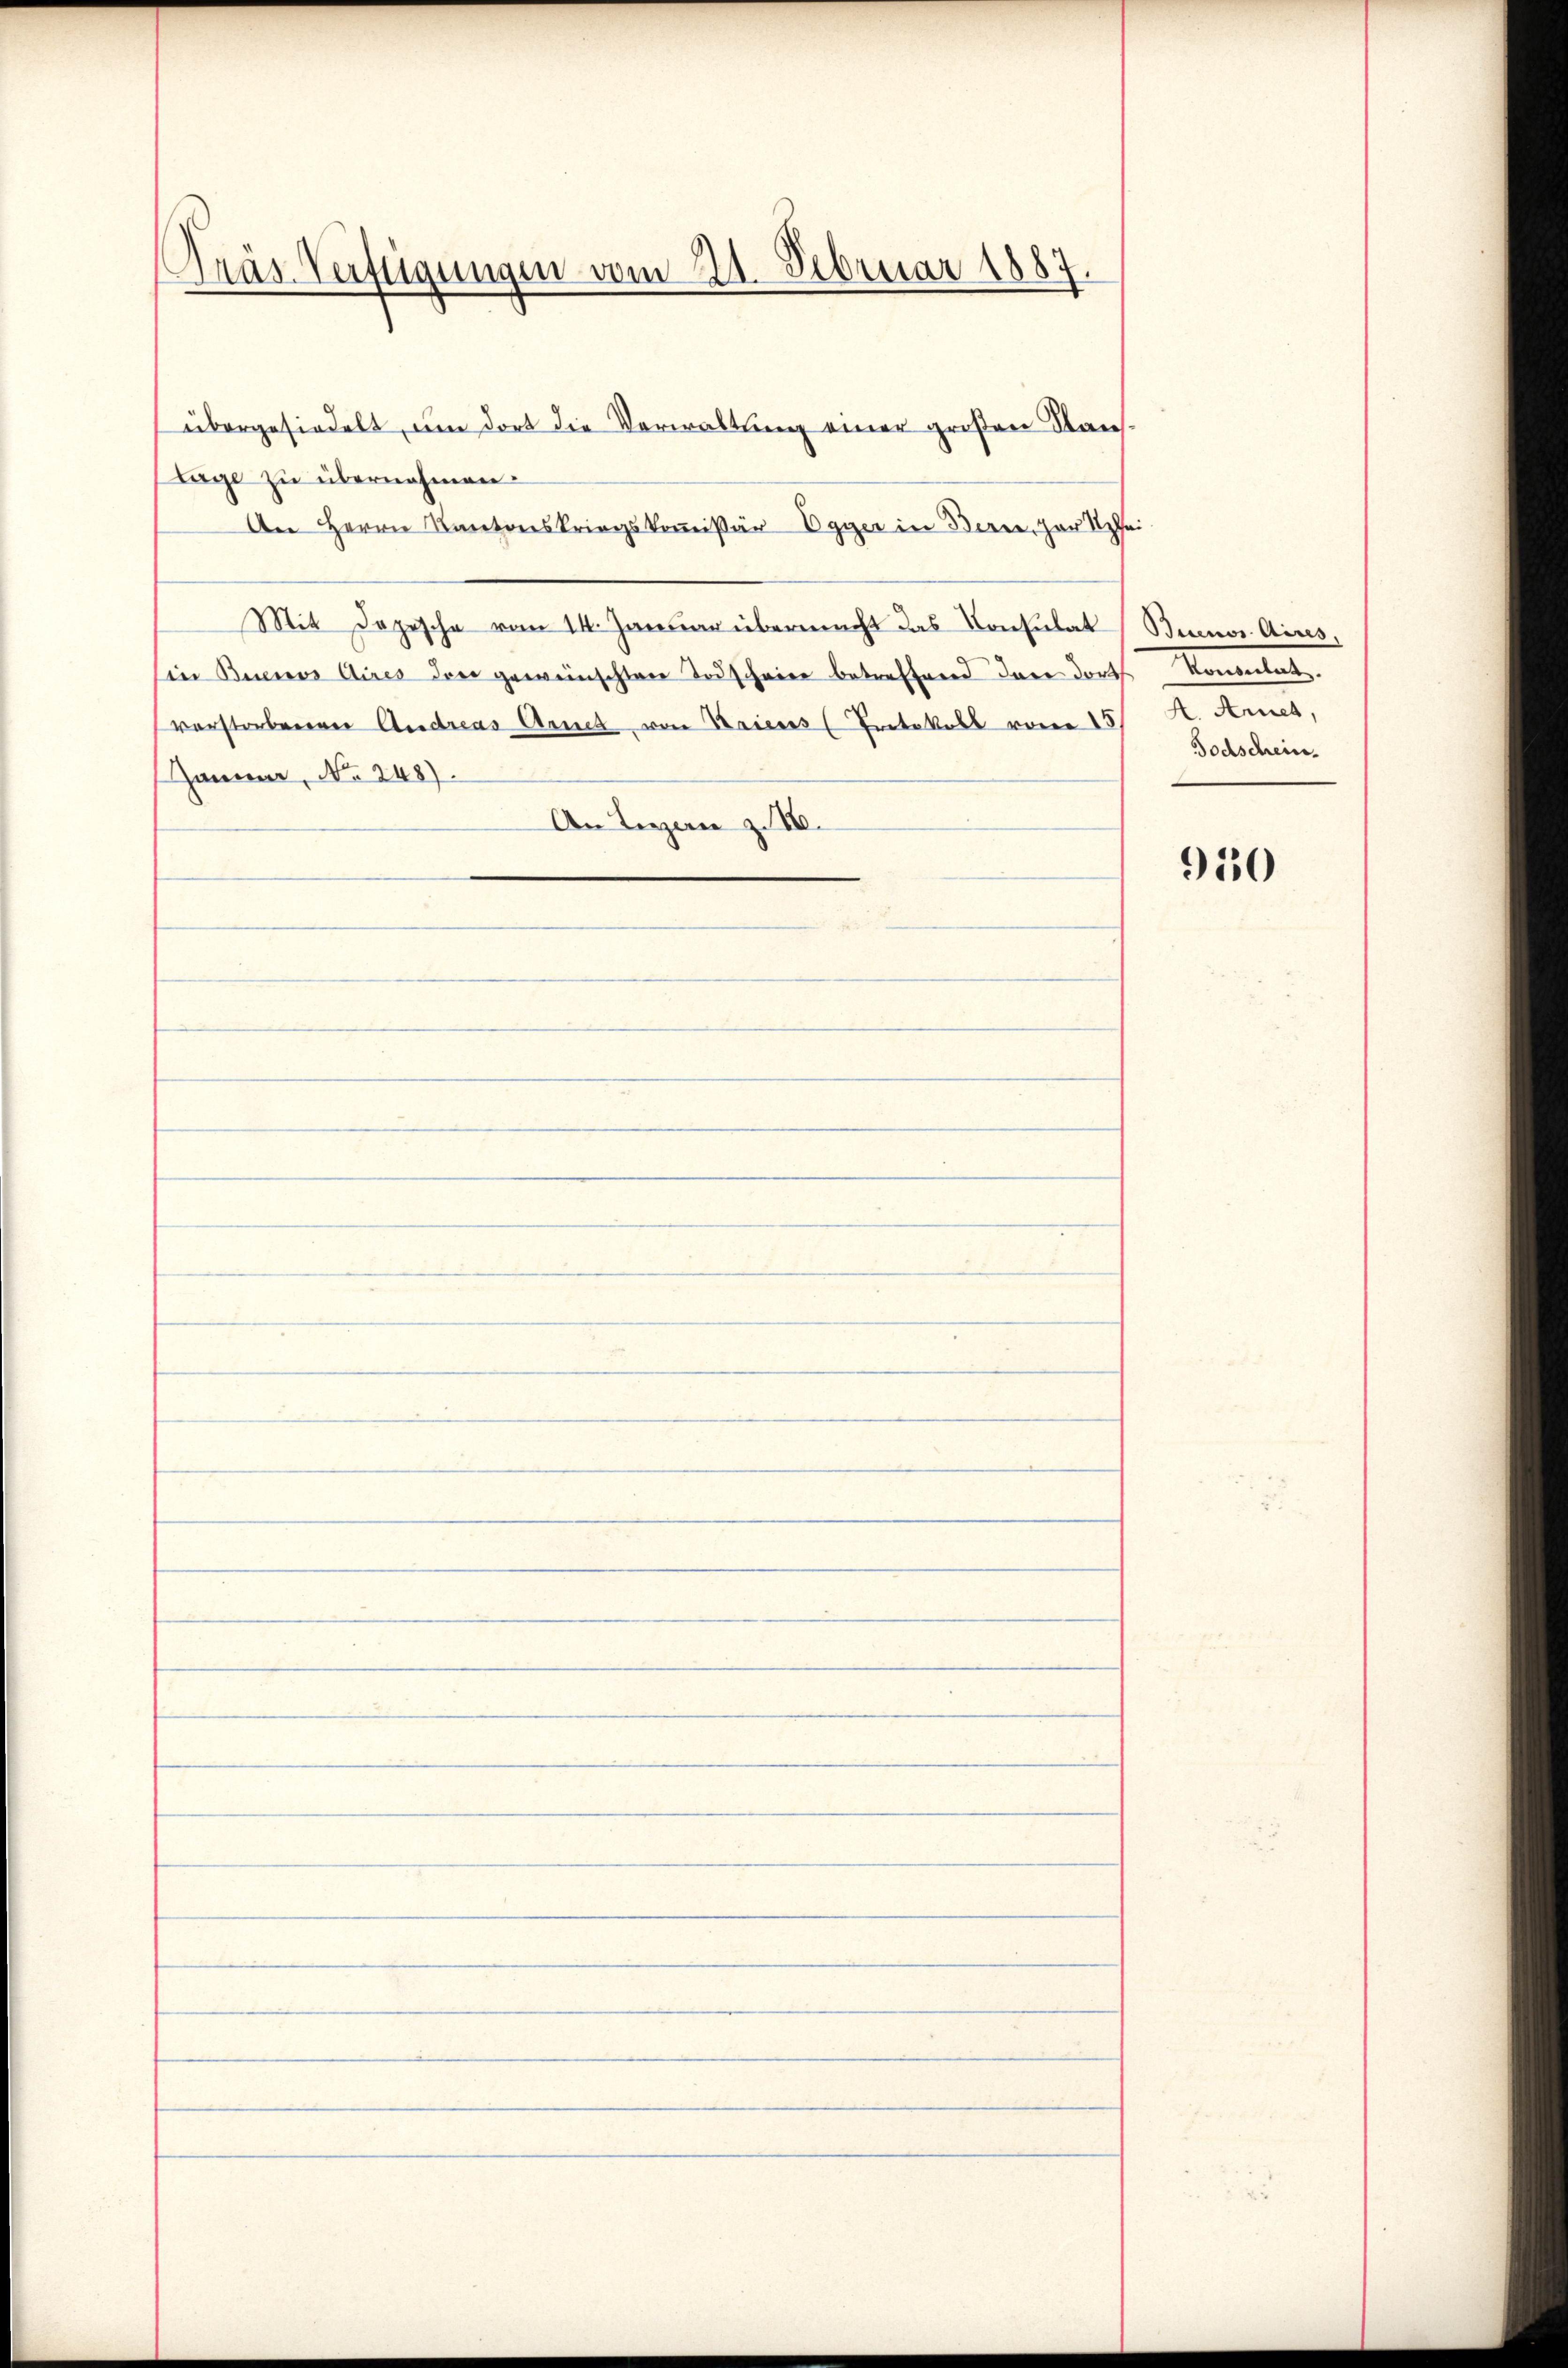
Fras Verftigungen vom 21. Februar 1887.

übergesiedelt, um dort die Verwaltung einer großen Raus-
lage zu übernehmen.
An Herrn Kantonskriegskoṁissär Egger in Berne, zur Spe
Mit Depesche vom 14. Januar übermacht das Konsulat
in Buenos Aires den gewünschtere Todscheine betreffend dare dort
verstorbenen Andreas Anna von Baiers (Tretekoll vom 15
Januar, No. 248).
An Luzern z. II.

Buenos Aires,
Komentat
2. Anna,
Todschein.

950